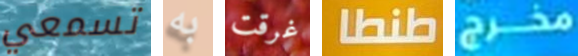
تسمعي به غرقت طنطا مخرج